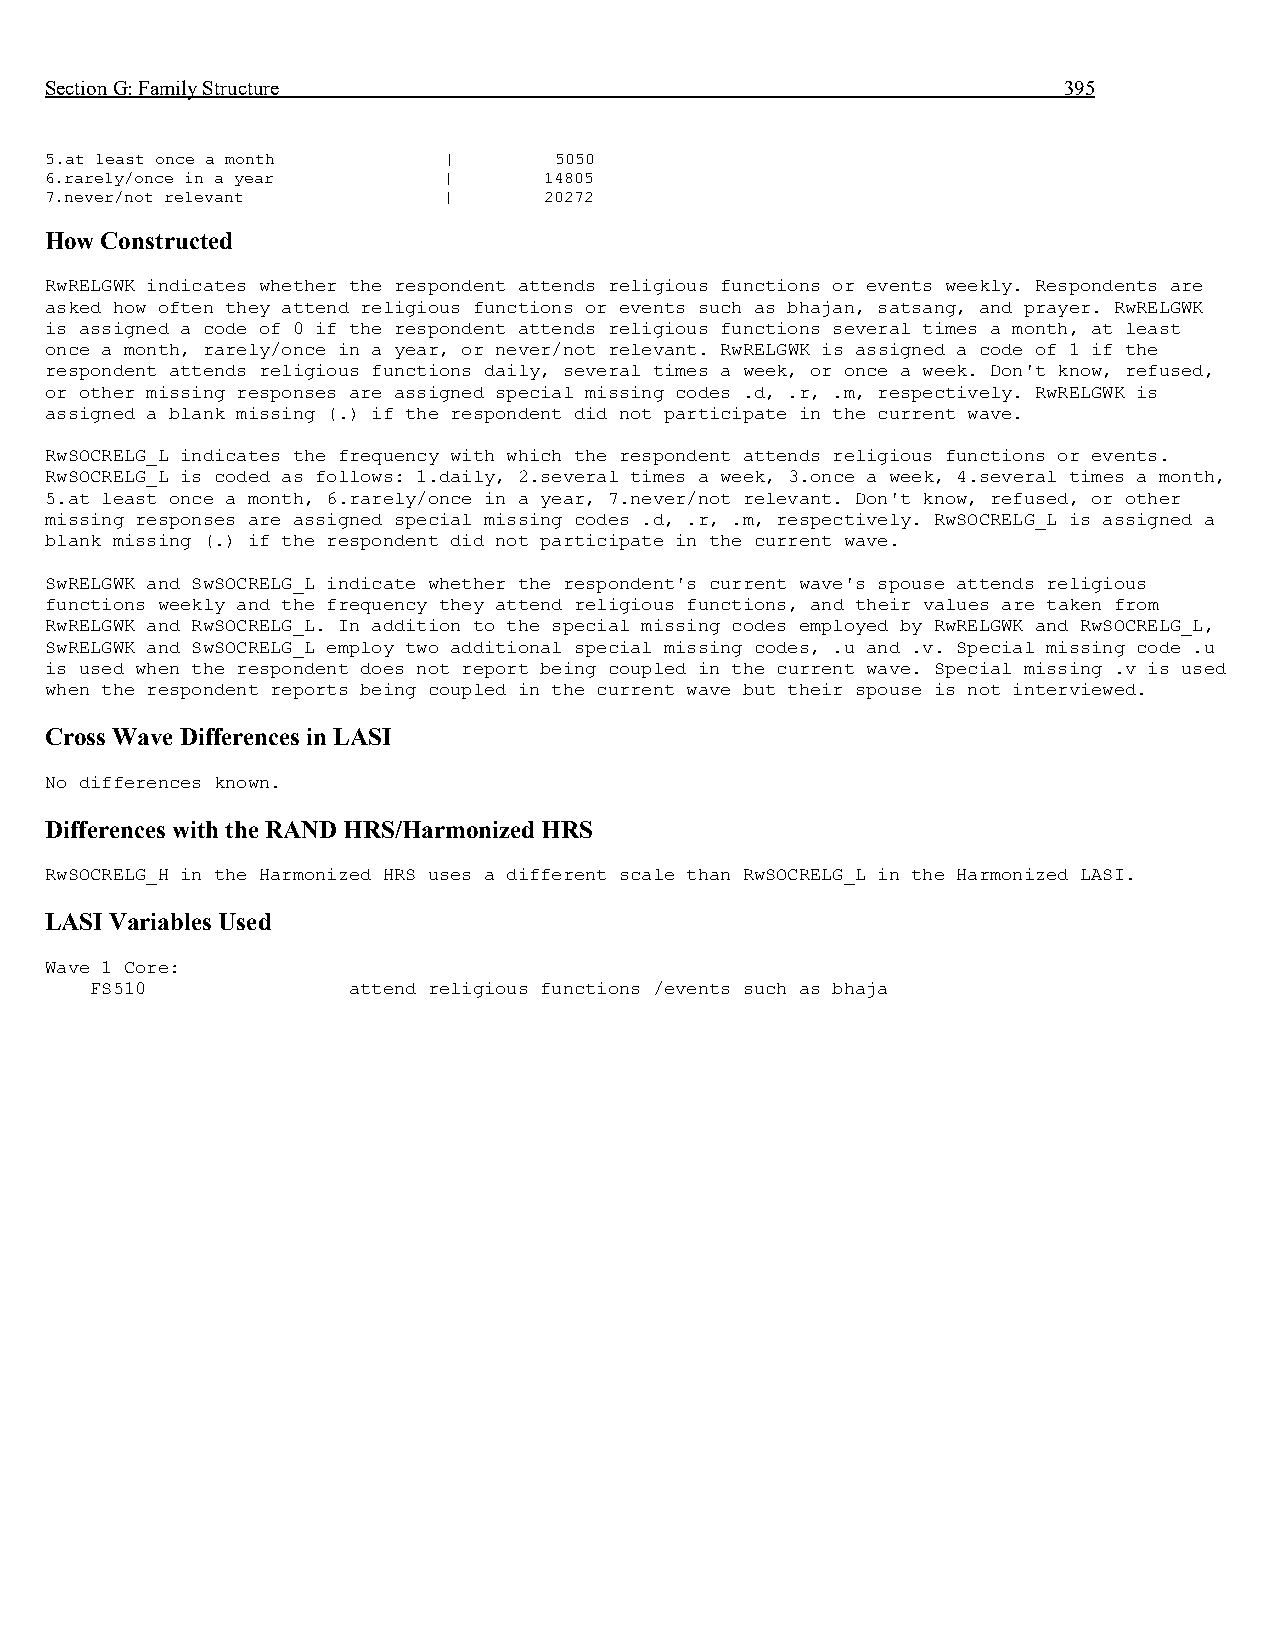
Section G: Family Structure                                        395
 5.at least once a month   |       5050
 6.rarely/once in a year   |      14805
 7.never/not relevant      |      20272
 How Constructed
 RwRELGWK indicates whether the respondent attends religious functions or events weekly. Respondents are
 asked how often they attend religious functions or events such as bhajan, satsang, and prayer. RwRELGWK
 is assigned a code of 0 if the respondent attends religious functions several times a month, at least
 once a month, rarely/once in a year, or never/not relevant. RwRELGWK is assigned a code of 1 if the
 respondent attends religious functions daily, several times a week, or once a week. Don't know, refused,
 or other missing responses are assigned special missing codes .d, .r, .m, respectively. RwRELGWK is
 assigned a blank missing (.) if the respondent did not participate in the current wave.
 RwSOCRELG_L indicates the frequency with which the respondent attends religious functions or events.
 RwSOCRELG_L is coded as follows: 1.daily, 2.several times a week, 3.once a week, 4.several times a month,
 5.at least once a month, 6.rarely/once in a year, 7.never/not relevant. Don't know, refused, or other
 missing responses are assigned special missing codes .d, .r, .m, respectively. RwSOCRELG_L is assigned a
 blank missing (.) if the respondent did not participate in the current wave.
 SwRELGWK and SwSOCRELG_L indicate whether the respondent's current wave's spouse attends religious
 functions weekly and the frequency they attend religious functions, and their values are taken from
 RwRELGWK and RwSOCRELG_L. In addition to the special missing codes employed by RwRELGWK and RwSOCRELG_L,
 SwRELGWK and SwSOCRELG_L employ two additional special missing codes, .u and .v. Special missing code .u
 is used when the respondent does not report being coupled in the current wave. Special missing .v is used
 when the respondent reports being coupled in the current wave but their spouse is not interviewed.
 Cross Wave Differences in LASI
 No differences known.
 Differences with the RAND HRS/Harmonized HRS
 RwSOCRELG_H in the Harmonized HRS uses a different scale than RwSOCRELG_L in the Harmonized LASI.
 LASI Variables Used
 Wave 1 Core:
 FS510            attend religious functions /events such as bhaja